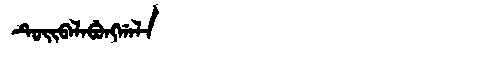
Manchu: ᡨᡠᡳᠪᠠᠯᠠᠪᡠᠩᡤᠠᠯᠠ
Romanization: TUIBALABUNGGALA